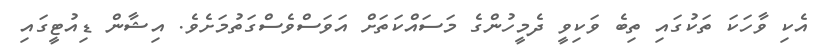
އެކި ވާހަކަ ތަކުގައި ތިބެ ވަކިވީ ދެމީހުންގެ މަސައްކަތަށް އަވަސްވެސްގަތުމަށެވެ. އިޝާން ޑިއުޓީގައި